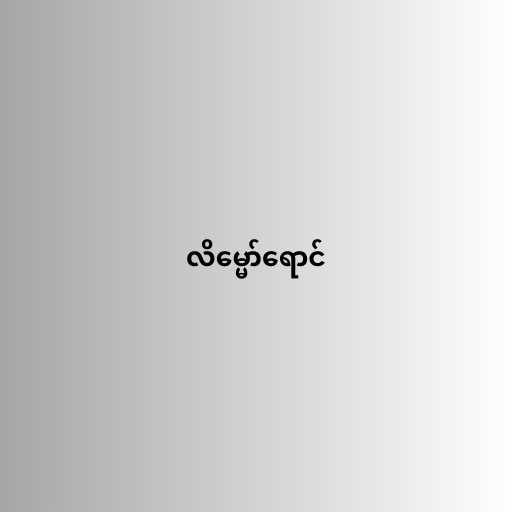
လိမ္မော်ရောင်